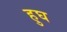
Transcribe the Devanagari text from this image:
हुघ